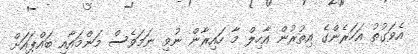
އެވަގުތު އަހަރެންގެ އިތުރުން އާހިލް މާ ހައިރާން ނުވި ނަމަވެސް މަންމައާއި ބައްޕައަށް